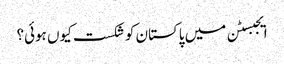
ایجبسٹن میں پاکستان کو شکست کیوں ہوئی؟